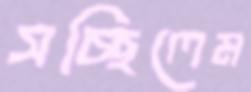
সচ্ছিলেম